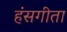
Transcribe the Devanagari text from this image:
हंसगीता